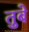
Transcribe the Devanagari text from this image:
तुबे